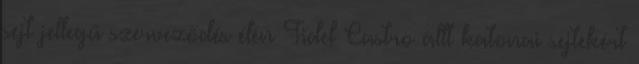
sejt jellegű szerveződés élén Fidel Castro állt katonai sejtekért